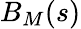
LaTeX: B_{M}(s)